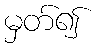
မှတ်၍